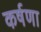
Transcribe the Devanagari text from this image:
कर्षणा